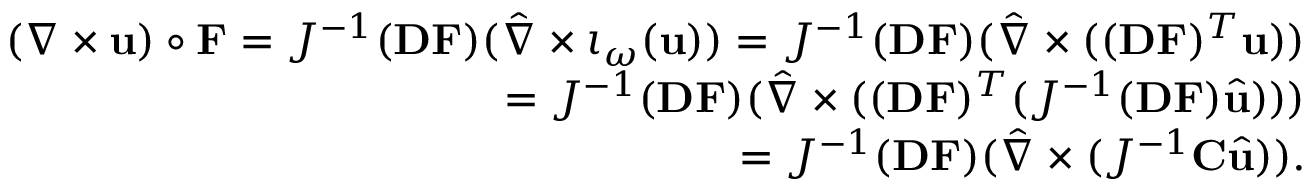
\begin{array} { r } { ( \nabla \times \mathbf { u } ) \circ \mathbf { F } = J ^ { - 1 } ( \mathbf { D F } ) ( \hat { \nabla } \times \iota _ { \boldsymbol { \omega } } ( \mathbf { u } ) ) = J ^ { - 1 } ( \mathbf { D F } ) ( \hat { \nabla } \times ( ( \mathbf { D F } ) ^ { T } \mathbf { u } ) ) } \\ { = J ^ { - 1 } ( \mathbf { D F } ) ( \hat { \nabla } \times ( ( \mathbf { D F } ) ^ { T } ( J ^ { - 1 } ( \mathbf { D F } ) \hat { \mathbf { u } } ) ) ) } \\ { = J ^ { - 1 } ( \mathbf { D F } ) ( \hat { \nabla } \times ( J ^ { - 1 } \mathbf { C } \hat { \mathbf { u } } ) ) . } \end{array}